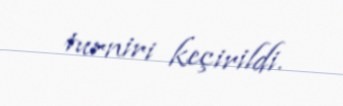
turniri keçirildi.